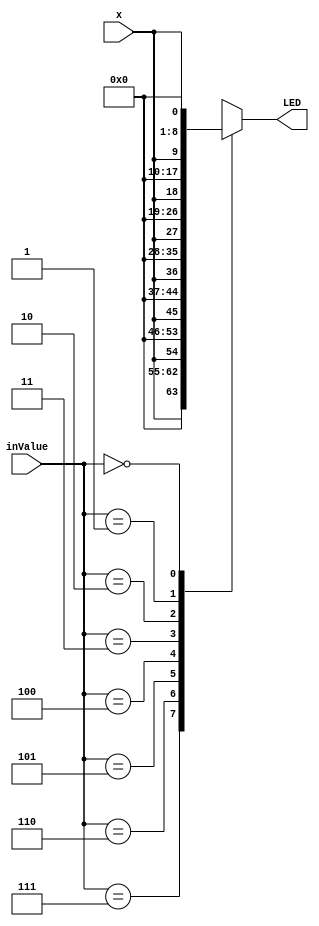
// 1 to 8 DeMux
module today0526(inValue, x, LED) ;
	input [2:0] inValue ;
	input x ;
	output reg [7:0] LED ;
	
	//check the value and assign the correct LED
	always @ (inValue)
		begin
			case(inValue)
				3'b111 : LED = {x, 7'b0000000} ;
				3'b110 : LED = {1'b0, x, 6'b000000} ;	
				3'b101 : LED = {2'b00, x, 5'b00000} ;
				3'b100 : LED = {3'b000, x, 4'b0000} ;
				3'b011 : LED = {4'b0000, x, 3'b000} ;
				3'b010 : LED = {5'b00000, x, 2'b00} ;
				3'b001 : LED = {6'b000000, x, 1'b0} ;
				3'b000 : LED = {7'b0000000, x} ;
				default : LED = {8'b00000000} ;
			endcase
		end
endmodule